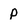
Character: p